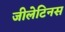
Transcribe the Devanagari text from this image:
जीलेटिनस